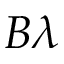
B \lambda